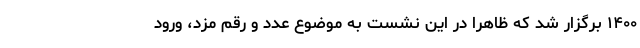
۱۴۰۰ برگزار شد که ظاهراً در این نشست به موضوع عدد و رقم مزد، ورود